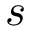
s